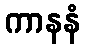
ကာနနံ